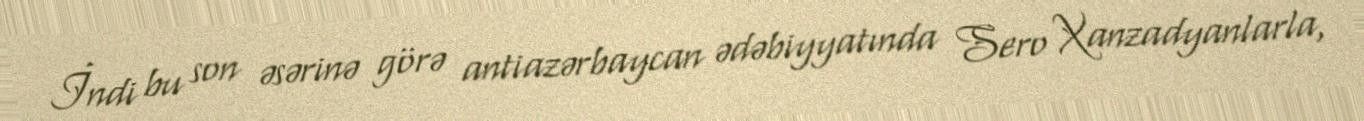
İndi bu son əsərinə görə antiazərbaycan ədəbiyyatında Sero Xanzadyanlarla,